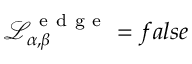
\mathcal { L } _ { \alpha , \beta } ^ { \mathrm { ~ e ~ d ~ g ~ e ~ } } = f a l s e